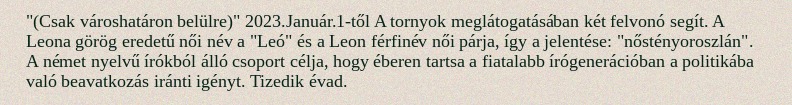
"(Csak városhatáron belülre)" 2023.Január.1-től A tornyok meglátogatásában két felvonó segít. A Leona görög eredetű női név a "Leó" és a Leon férfinév női párja, így a jelentése: "nőstényoroszlán". A német nyelvű írókból álló csoport célja, hogy éberen tartsa a fiatalabb írógenerációban a politikába való beavatkozás iránti igényt. Tizedik évad.